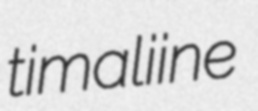
timaliine